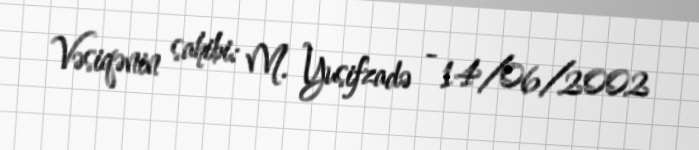
Vəsiqənin sahibi: M. Yusifzadə - 14/06/2002